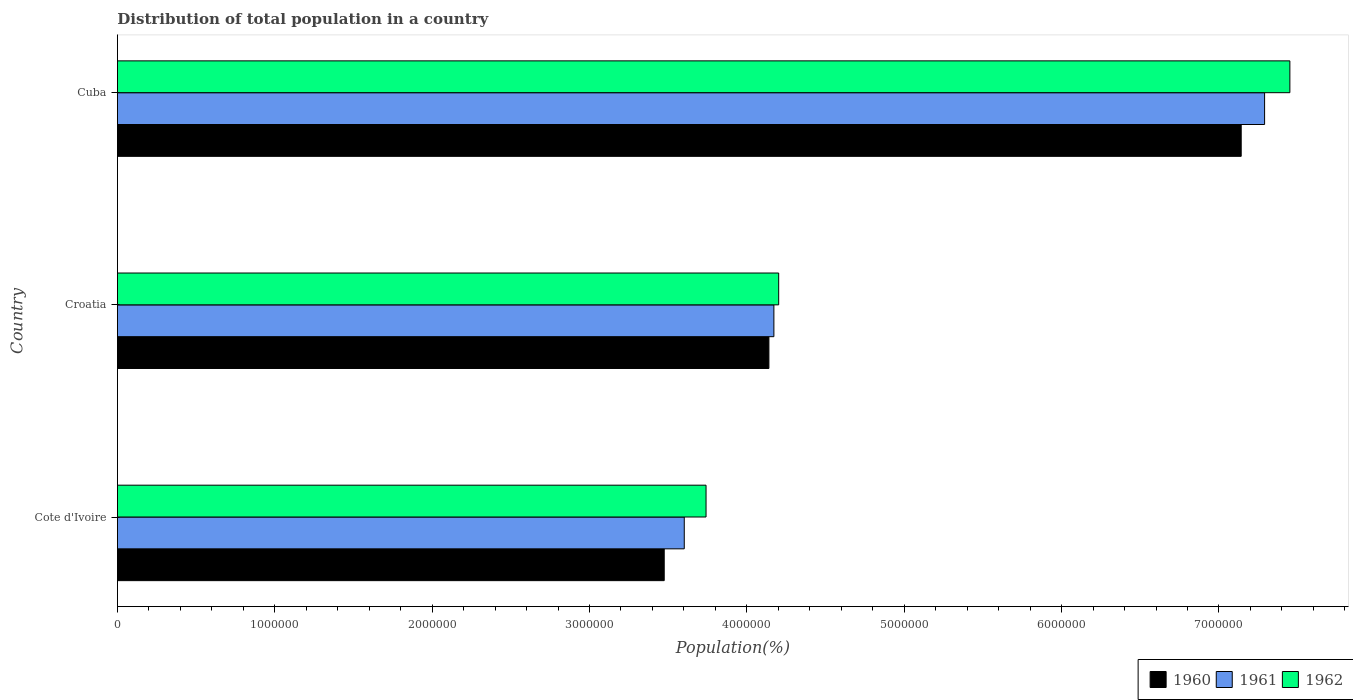
| Country | 1960 | 1961 | 1962 |
 | --- | --- | --- | --- |
 | Cote d'Ivoire | 3.47e+06 | 3.6e+06 | 3.74e+06 |
 | Croatia | 4.14e+06 | 4.17e+06 | 4.2e+06 |
 | Cuba | 7.14e+06 | 7.29e+06 | 7.45e+06 |